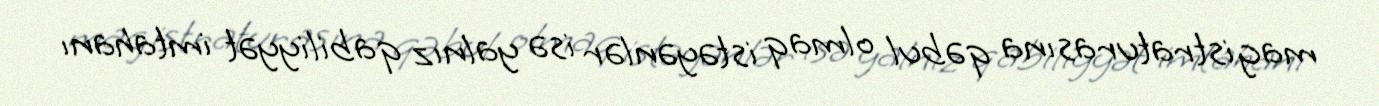
magistraturasına qəbul olmaq istəyənlər isə yalnız qabiliyyət imtahanı